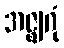
အဇ္ဈဂုံ